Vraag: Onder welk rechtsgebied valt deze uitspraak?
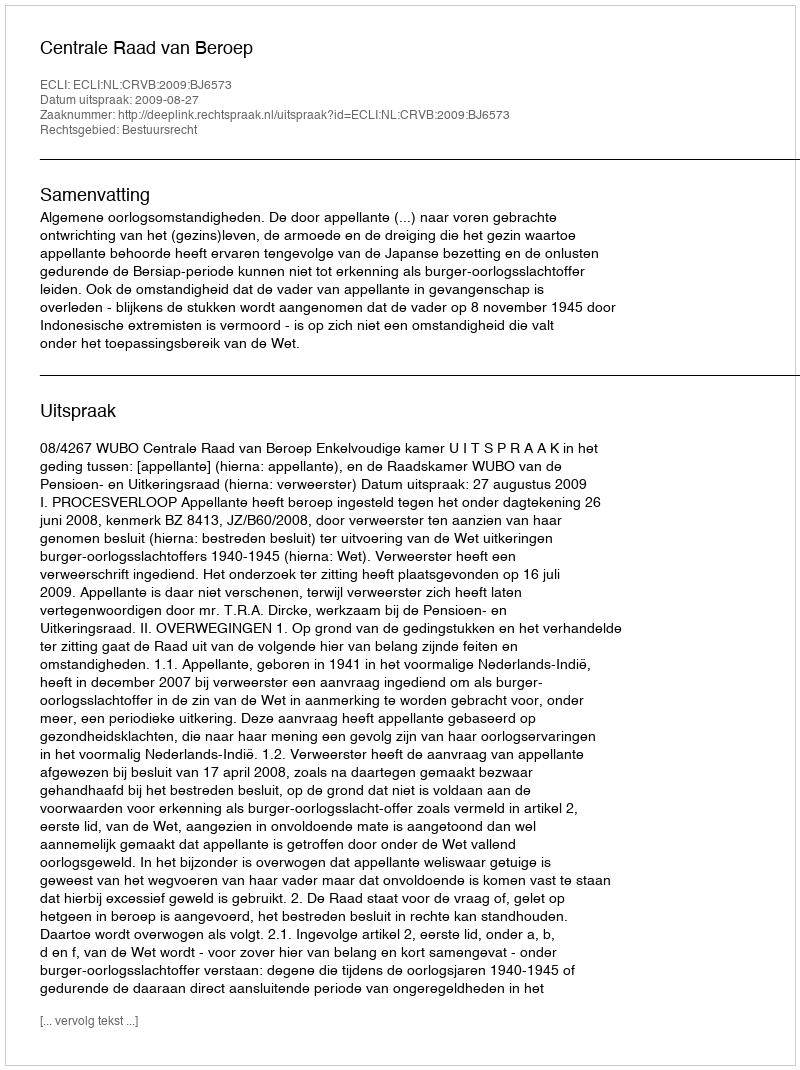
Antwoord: Bestuursrecht